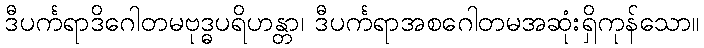
ဒီပင်္ကရာဒိဂေါတမဗုဒ္ဓပရိဟန္တာ၊ ဒီပင်္ကရာအစဂေါတမအဆုံးရှိကုန်သော။